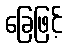
ခြေဖြင့်